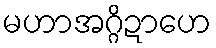
မဟာအဂ္ဂိဍာဟေ